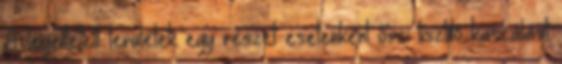
A legeltetett területek egy részét esetenként őszi tisztító kaszálást